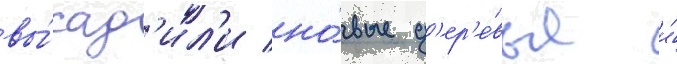
вы́сад'ил'и но́вые д'ер'е́вья и́